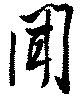
聞